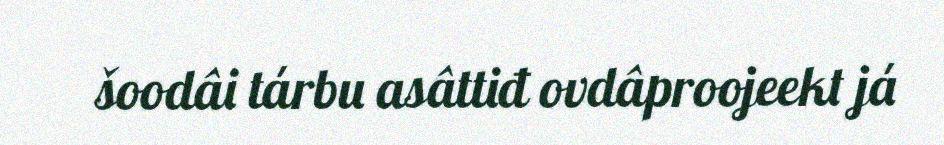
šoodâi tárbu asâttiđ ovdâproojeekt já